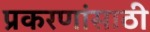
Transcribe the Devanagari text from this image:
प्रकरणांसाठी